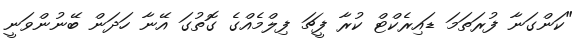
"ކަންގަނާ ފުރަތަމަ ޑައިރެކްޓް ކުރާ ފީޗަ ފިލްމެއްގެ ގޮތުގަ އޭނާ ހަދަން ބޭނުންވަނީ